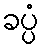
ခပ္ပံ